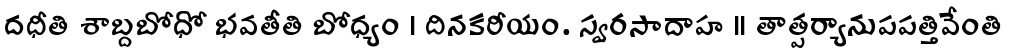
దధీతి శాబ్దబోధో భవతీతి బోధ్యం । దినకరీయం. స్వరసాదాహ ।। తాత్పర్యానుపపత్తివేంతి